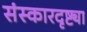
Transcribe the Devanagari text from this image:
संस्कारदृष्ट्या